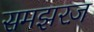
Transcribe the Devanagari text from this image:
समझरज़